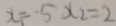
x _ { 1 } = - 5 x _ { 2 } = 2